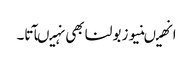
انھیںنیوز بولنا بھی نہیںآتا۔